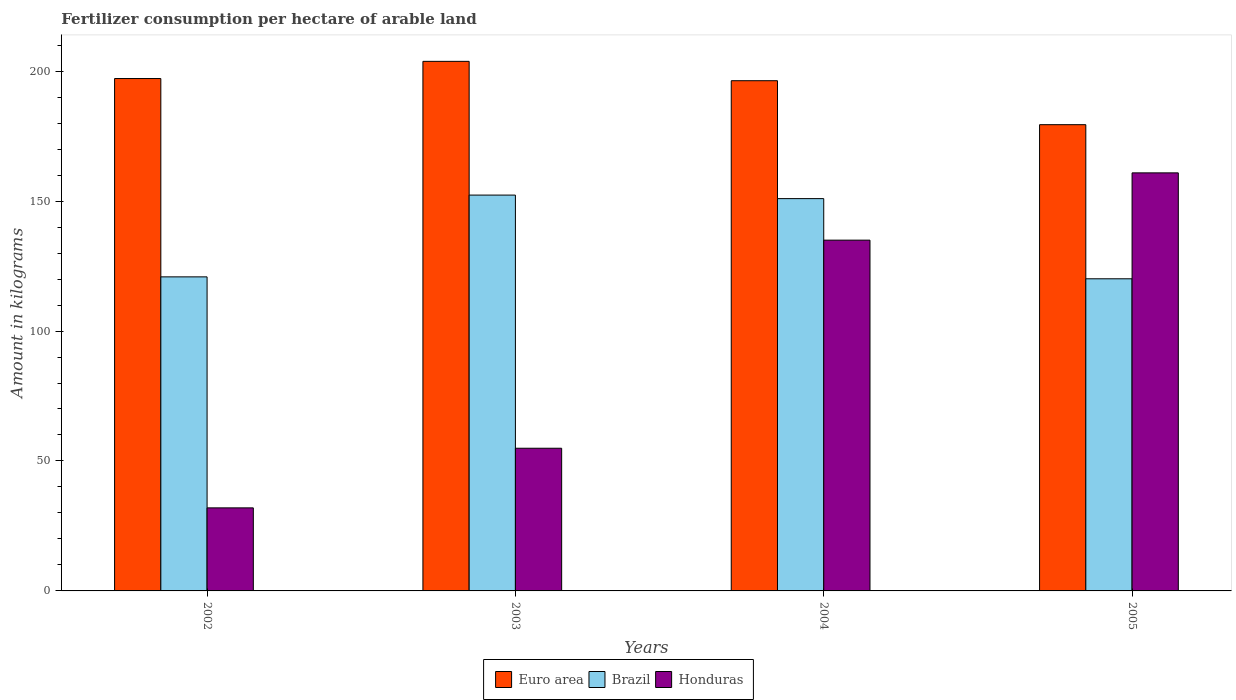
| Years | Euro area | Brazil | Honduras |
 | --- | --- | --- | --- |
 | 2002 | 197 | 121 | 32 |
 | 2003 | 204 | 152 | 54.9 |
 | 2004 | 196 | 151 | 135 |
 | 2005 | 179 | 120 | 161 |